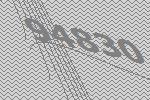
94830